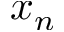
x _ { n }